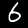
Digit: 6